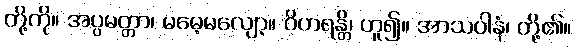
တို့ကို။ အပ္ပမတ္တာ၊ မမေ့မလျော့။ ဝိဟရန္တိ၊ ဟူ၍။ အာသဝါနံ၊ တို့၏။